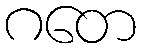
ဂတေ